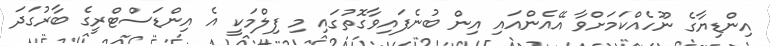
އިންޑިޔާގެ ނޫހެއްކަމަށްވާ އޭއެންއައި އިން ބުނެފައިވާގޮތުގައި މި ފިލްމަކީ އެ އިންޑަސްޓްރީގެ ބާރުގަދަ